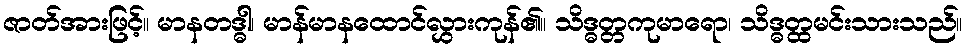
ဇာတ်အားဖြင့်။ မာနတဒ္ဓါ၊ မာန်မာနထောင်လွှားကုန်၏။ သိဒ္ဓတ္တကုမာရော၊ သိဒ္ဓတ္ထမင်းသားသည်။